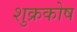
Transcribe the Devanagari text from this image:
शुक्रकोष